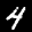
Label: 4